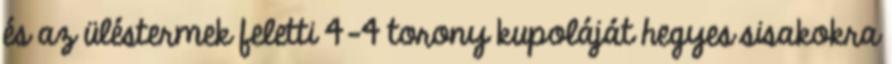
és az üléstermek feletti 4-4 torony kupoláját hegyes sisakokra